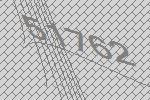
51762